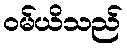
ဝမ်ယိသည်